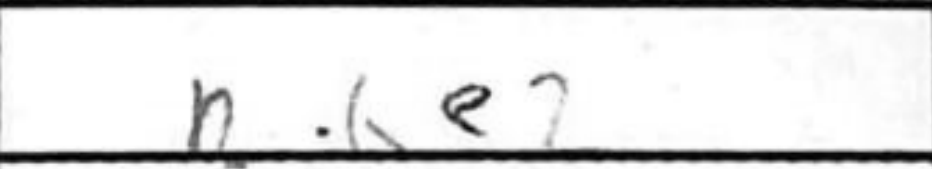
Transcription: Rae2